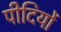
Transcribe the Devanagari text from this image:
पीदियों